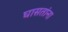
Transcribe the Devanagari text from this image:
घासतांना